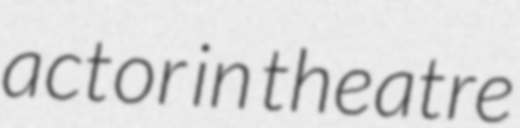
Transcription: actor in theatre